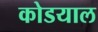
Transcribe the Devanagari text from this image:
कोडयाल